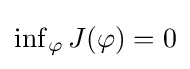
\textstyle \inf _{\varphi }J(\varphi )=0